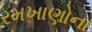
રમખાણોના